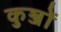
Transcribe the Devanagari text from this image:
कुञ्जों